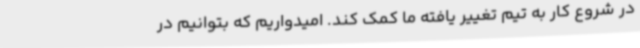
در شروع کار به تیم تغییر یافته ما کمک کند. امیدواریم که بتوانیم در